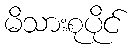
မိသားစုပိုင်